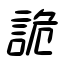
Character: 詭